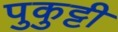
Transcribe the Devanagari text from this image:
पुकुट्टी